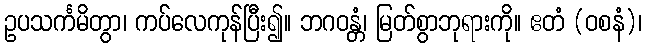
ဥပသင်္ကမိတွာ၊ ကပ်လေကုန်ပြီး၍။ ဘဂဝန္တံ၊ မြတ်စွာဘုရားကို။ ဧတံ (ဝစနံ)၊